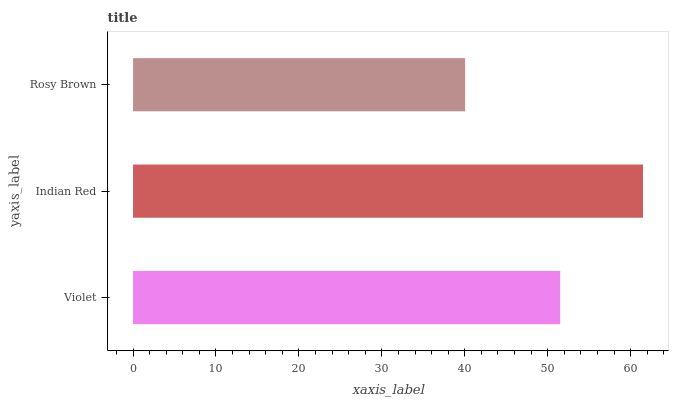
| yaxis_label | bars |
 | --- | --- |
 | Violet | 51.5 |
 | Indian Red | 61.5 |
 | Rosy Brown | 40 |